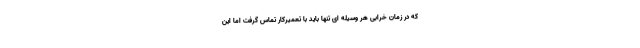
که در زمان خرابی هر وسیله ای تنها باید با تعمیرکار تماس گرفت اما این